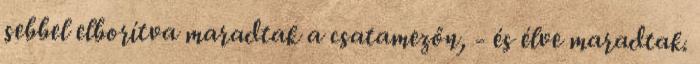
sebbel elborítva maradtak a csatamezőn, - és élve maradtak.